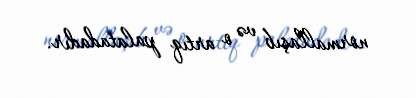
normallaşıb və o artıq palatadadır.